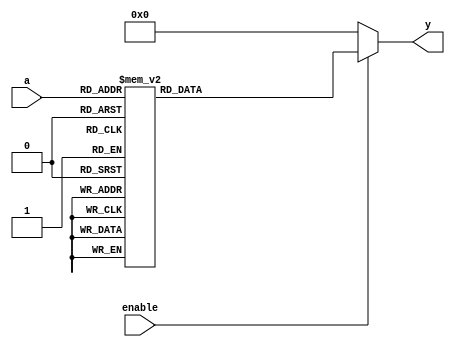
module decoder_3to8(
    input [2:0] a,
    input enable,
    output reg [7:0] y
);
    always @(a or enable) begin
        if (enable == 0)
            y = 8'b0;
        else begin
            case (a)
                3'b000 : y=8'b00000001;
                3'b001 : y=8'b00000010;
                3'b010 : y=8'b00000100;
                3'b011 : y=8'b00001000;
                3'b100 : y=8'b00010000;
                3'b101 : y=8'b00100000;
                3'b110 : y=8'b01000000;
                3'b111 : y=8'b10000000;
                // PRO Tip: create a default value for output to prevent latch creation
                // You should always use a default even if all the combinations are covered
                default: y=8'b00000000;
            endcase
        end
    end
endmodule